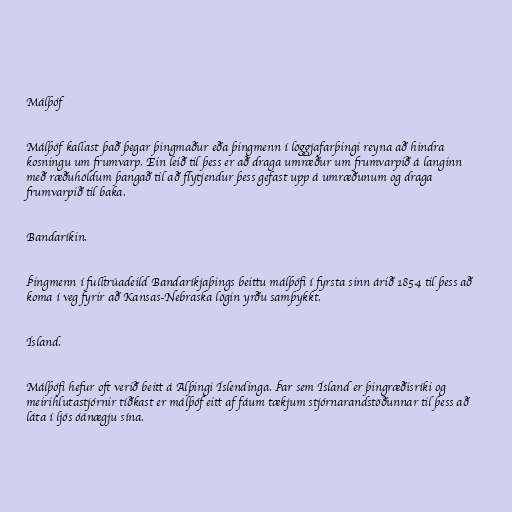
Málþóf

Málþóf kallast það þegar þingmaður eða þingmenn í löggjafarþingi reyna að hindra
kosningu um frumvarp. Ein leið til þess er að draga umræður um frumvarpið á langinn
með ræðuhöldum þangað til að flytjendur þess gefast upp á umræðunum og draga
frumvarpið til baka.

Bandaríkin.

Þingmenn í fulltrúadeild Bandaríkjaþings beittu málþófi í fyrsta sinn árið 1854 til þess að
koma í veg fyrir að Kansas-Nebraska lögin yrðu samþykkt.

Ísland.

Málþófi hefur oft verið beitt á Alþingi Íslendinga. Þar sem Ísland er þingræðisríki og
meirihlutastjórnir tíðkast er málþóf eitt af fáum tækjum stjórnarandstöðunnar til þess að
láta í ljós óánægju sína.